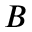
B